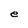
Character: e